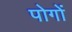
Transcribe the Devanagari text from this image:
पोगों